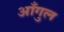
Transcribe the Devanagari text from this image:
आँगुल